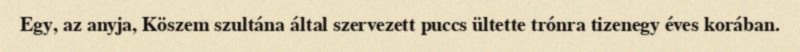
Egy, az anyja, Köszem szultána által szervezett puccs ültette trónra tizenegy éves korában.